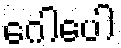
ဂေါပေါ